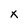
Character: x